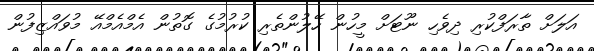
އަލަށް ތާރަފްކުރި ދިވެހި ނޫޓަށް މީހުން ހޭލުންތެރި ކުރުމުގެ ގޮތުން އެމްއެމްއޭ މުވައްޒިފުން